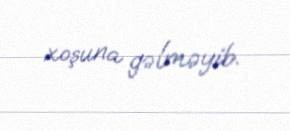
xoşuna gəlməyib.